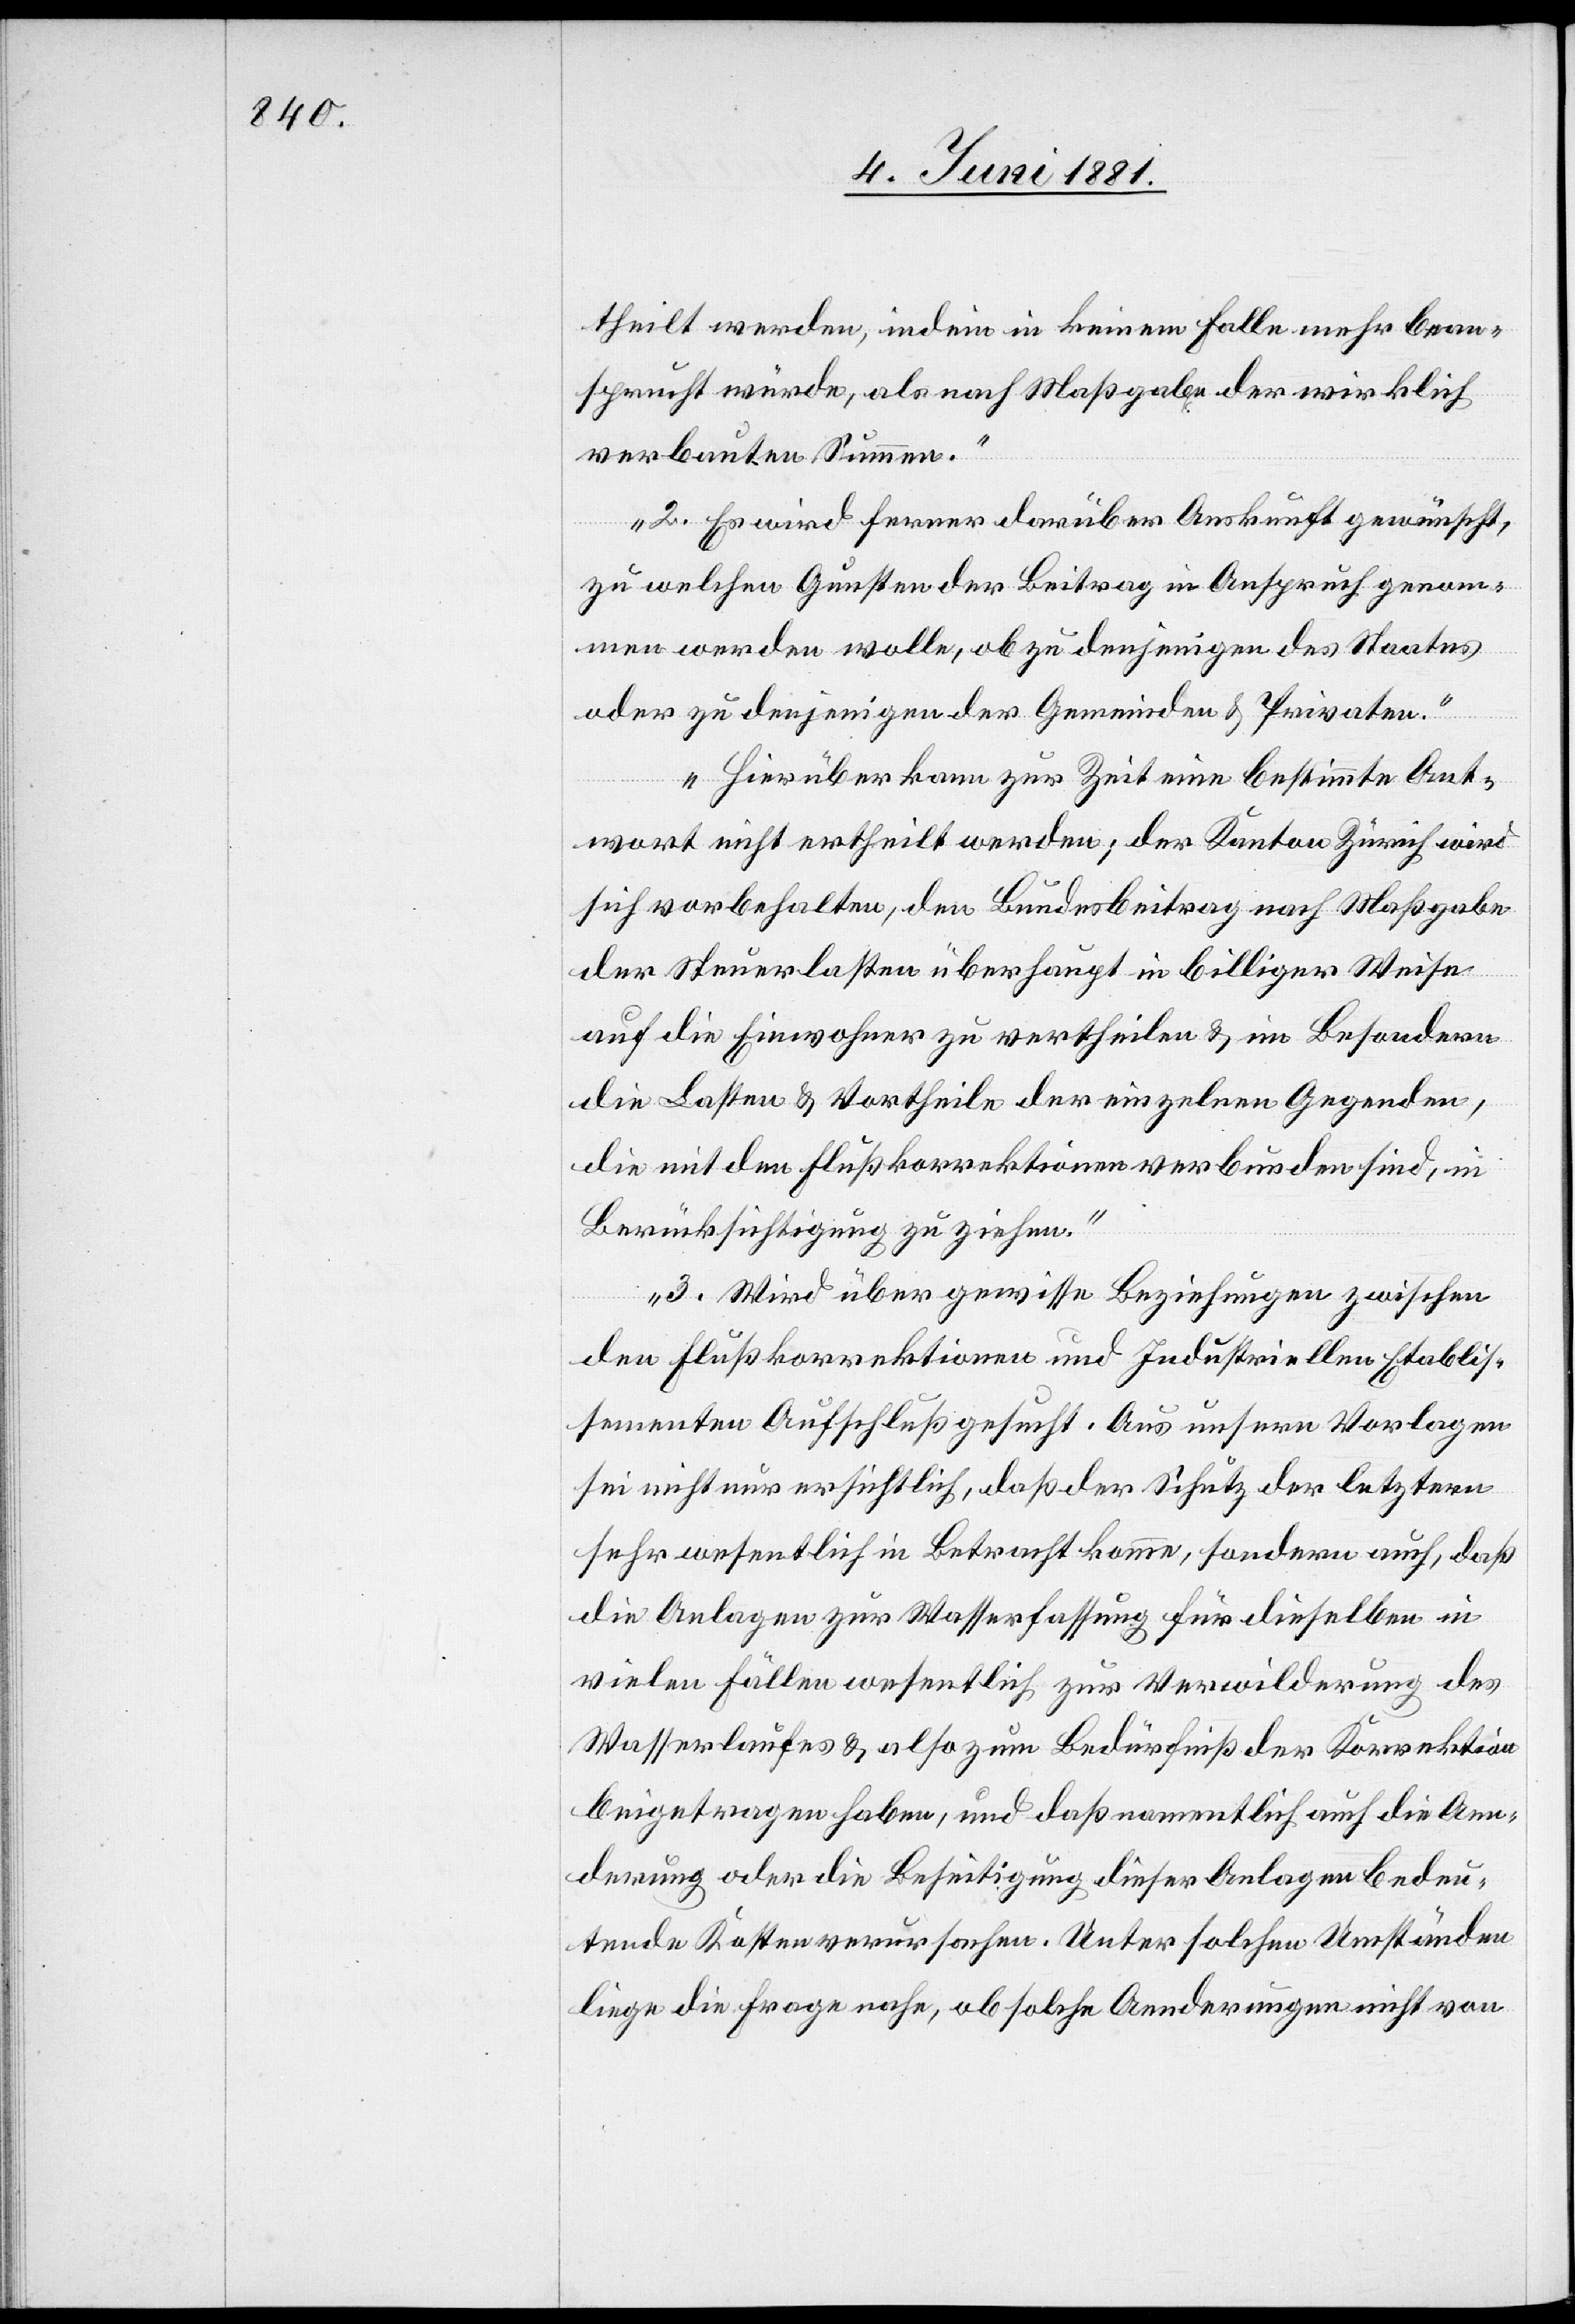
theilt werden, indem in keinem Falle mehr bean¬
sprucht würde, als nach Maßgabe der wirklich
verbauten Summen.
2. Es wird ferner darüber Auskunft gewünscht,
zu welchen Gunsten der Beitrag in Anspruch genom¬
men werden wolle, ob zu denjenigen des Staates
Etabli¬
oder zu denjenigen der Gemeinden & Privaten.
Hierüber kann zur Zeit eine bestimmte Ant¬
wort nicht ertheilt werden; der Kanton Zürich wird
sich vorbehalten, den Bundesbeitrag nach Maßgabe
der Steuerlasten überhaupt in billiger Weise
auf die Einwohner zu vertheilen & im Besondern
die Lasten & Vortheile der einzelnen Gegenden,
die mit den Flußkorrektionen verbunden sind, in
Berücksichtigung zu ziehen.
3. Wird über gewisse Beziehungen zwischen
den Flußkorrektionen und Industriellen [sic!]
ssementen Aufschluß gesucht. Aus unsern Vorlagen
sei nicht nur ersichtlich, daß der Schutz der letztern
sehr wesentlich in Betracht komme, sondern auch, daß
die Anlagen zur Wasserfassung für dieselben in
vielen Fällen wesentlich zur Verwilderung des
Wasserlaufes & also zum Bedürfniß der Korrektion
beigetragen haben, und daß namentlich auch die Aen¬
derung oder die Beseitigung dieser Anlagen bedeu¬
tende Kosten verursachen. Unter solchen Umständen
liege die Frage nahe, ob solche Aenderungen nicht von